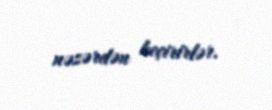
nəzərdən keçirirlər.